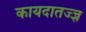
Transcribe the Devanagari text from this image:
कायदातज्ज्ञ